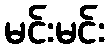
မင်းမင်း